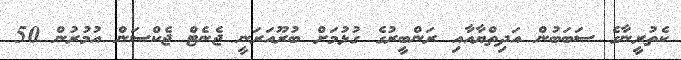
ކެތުރީނާގެ ސަބަބުން އަދިތްޔާއާއި ރަންބީރުގެ ގުޅުމަށް ބުރޫއަރަނީ ޖެނެޓް ޖެކްސަން އުމުރުން 50